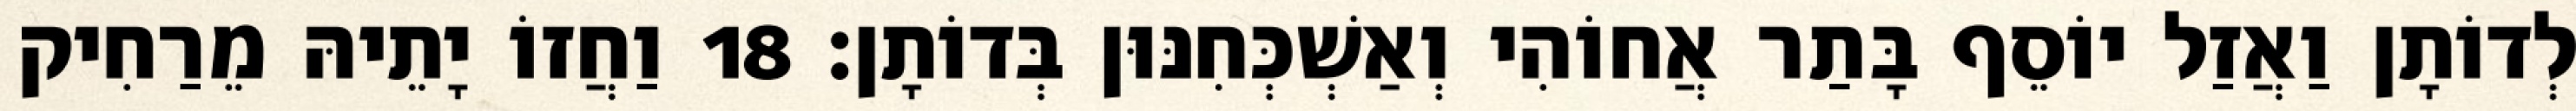
לְדוֹתָן וַאֲזַל יוֹסֵף בָּתַר אֲחוֹהִי וְאַשְׁכְּחִנּוּן בְּדוֹתָן׃ 18 וַחֲזוֹ יָתֵיהּ מֵרַחִיק